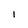
Character: l